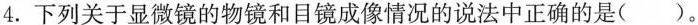
4.下列关于显微镜的物镜和目镜成像情况的说法中正确的是()。